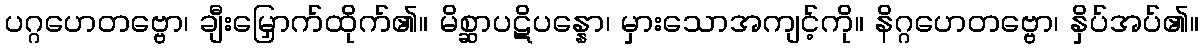
ပဂ္ဂဟေတဗ္ဗော၊ ချီးမြှောက်ထိုက်၏။ မိစ္ဆာပဋိပန္နော၊ မှားသောအကျင့်ကို။ နိဂ္ဂဟေတဗ္ဗော၊ နှိပ်အပ်၏။